Vaccination in Bombay 1863-1868 - 1863-1868
Year: 1863
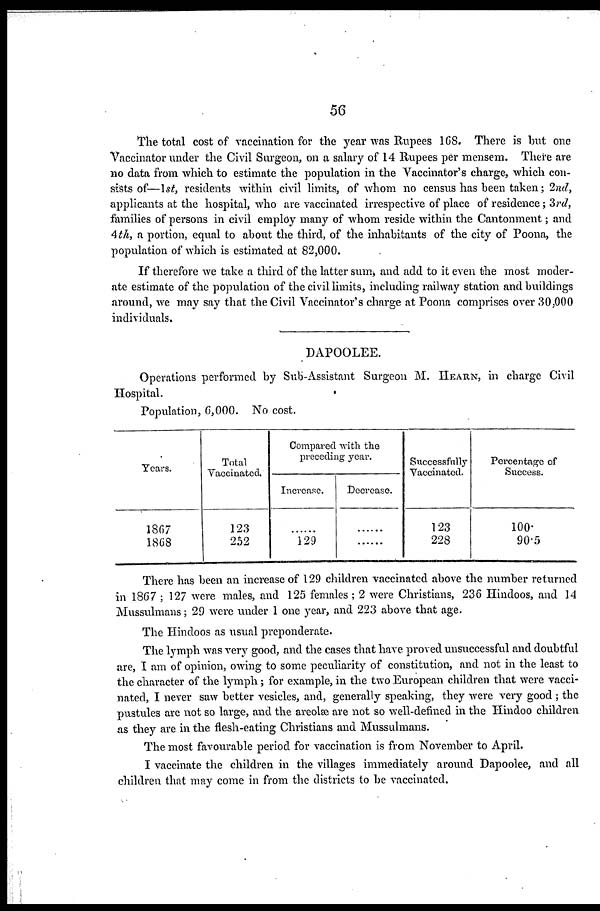
56
The total cost of vaccination for the year was Rupees 168. There is but one
Vaccinator under the Civil Surgeon, on a salary of 14 Rupees per mensem. There are
no data from which to estimate the population in the Vaccinator's charge, which con-
sists of—1st, residents within civil limits, of whom no census has been taken; 2nd,
applicants at the hospital, who are vaccinated irrespective of place of residence; 3rd,
families of persons in civil employ many of whom reside within the Cantonment; and
4 th, a portion, equal to about the third, of the inhabitants of the city of Poona, the
population of which is estimated at 82,000.
If therefore we take a third of the latter sum, and add to it even the most moder-
ate estimate of the population of the civil limits, including railway station and buildings
around, we may say that the Civil Vaccinator's charge at Poona comprises over 30,000
individuals.
DAPOOLEE.
Operations performed by Sub-Assistant Surgeon M. HEARN, in charge Civil
Hospital.
Population, 6,000. No cost.
Years.
1867
1868
Total
Vaccinated.
123
252
Compared with the
preceding year.
Increase.
......
129
Decrease.
......
......
Successfully
Vaccinated.
123
228
Percentage of
Success.
100.
90.5
There has been an increase of 129 children vaccinated above the number returned
in 1867 ; 127 were males, and 125 females ; 2 were Christians, 236 Hindoos, and 14
Mussulmans; 29 were under 1 one year, and 223 above that age.
The Hindoos as usual preponderate.
The lymph was very good, and the cases that have proved unsuccessful and doubtful
are, I am of opinion, owing to some peculiarity of constitution, and not in the least to
the character of the lymph ; for example, in the two European children that were vacci-
nated, I never saw better vesicles, and, generally speaking, they were very good ; the
pustules are not so large, and the areolæ are not so well-defined in the Hindoo children
as they are in the flesh-eating Christians and Mussulmans.
The most favourable period for vaccination is from November to April.
I vaccinate the children in the villages immediately around Dapoolee, and all
children that may come in from the districts to be vaccinated.